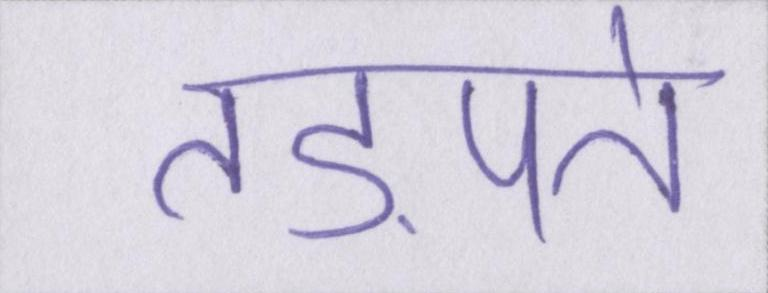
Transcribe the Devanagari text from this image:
तड़पते